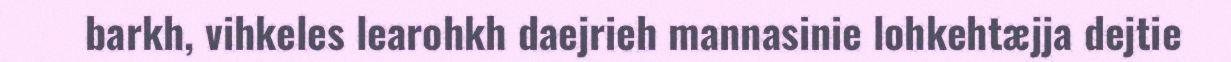
barkh, vihkeles learohkh daejrieh mannasinie lohkehtæjja dejtie